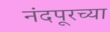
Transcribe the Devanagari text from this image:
नंदपूरच्या